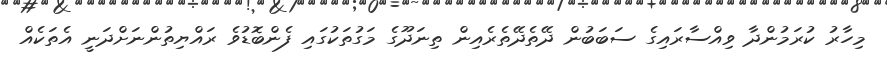
މިހާރު ކުރަމުންދާ ވިއްސާރައިގެ ސަބަބުން ދޭތެދޭތެރެއިން ތިނަދޫގެ މަގުތަކުގައި ފެންބޮޑުވެ ރައްޔިތުންނަށްދަނީ އެތަކެއް